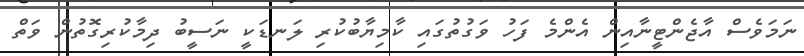
ނަމަވެސް އާޖެންޓީނާއިން އެންމެ ފަހު ވަގުތުގައި ކާމިޔާބުކުރި ލަނޑަކީ ނަސީބު ދިމާކުރިގޮތުން ވަތް